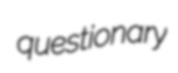
questionary